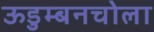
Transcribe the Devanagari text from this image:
ऊडुम्बनचोला